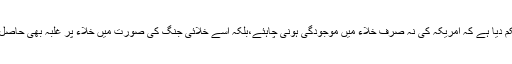
انہوں نے حکم دیا ہے کہ امریکہ کی نہ صرف خلاء میں موجودگی ہونی چاہئے،بلکہ اسے خلائی جنگ کی صورت میں خلاء پر غلبہ بھی حاصل ہونا چاہئے۔